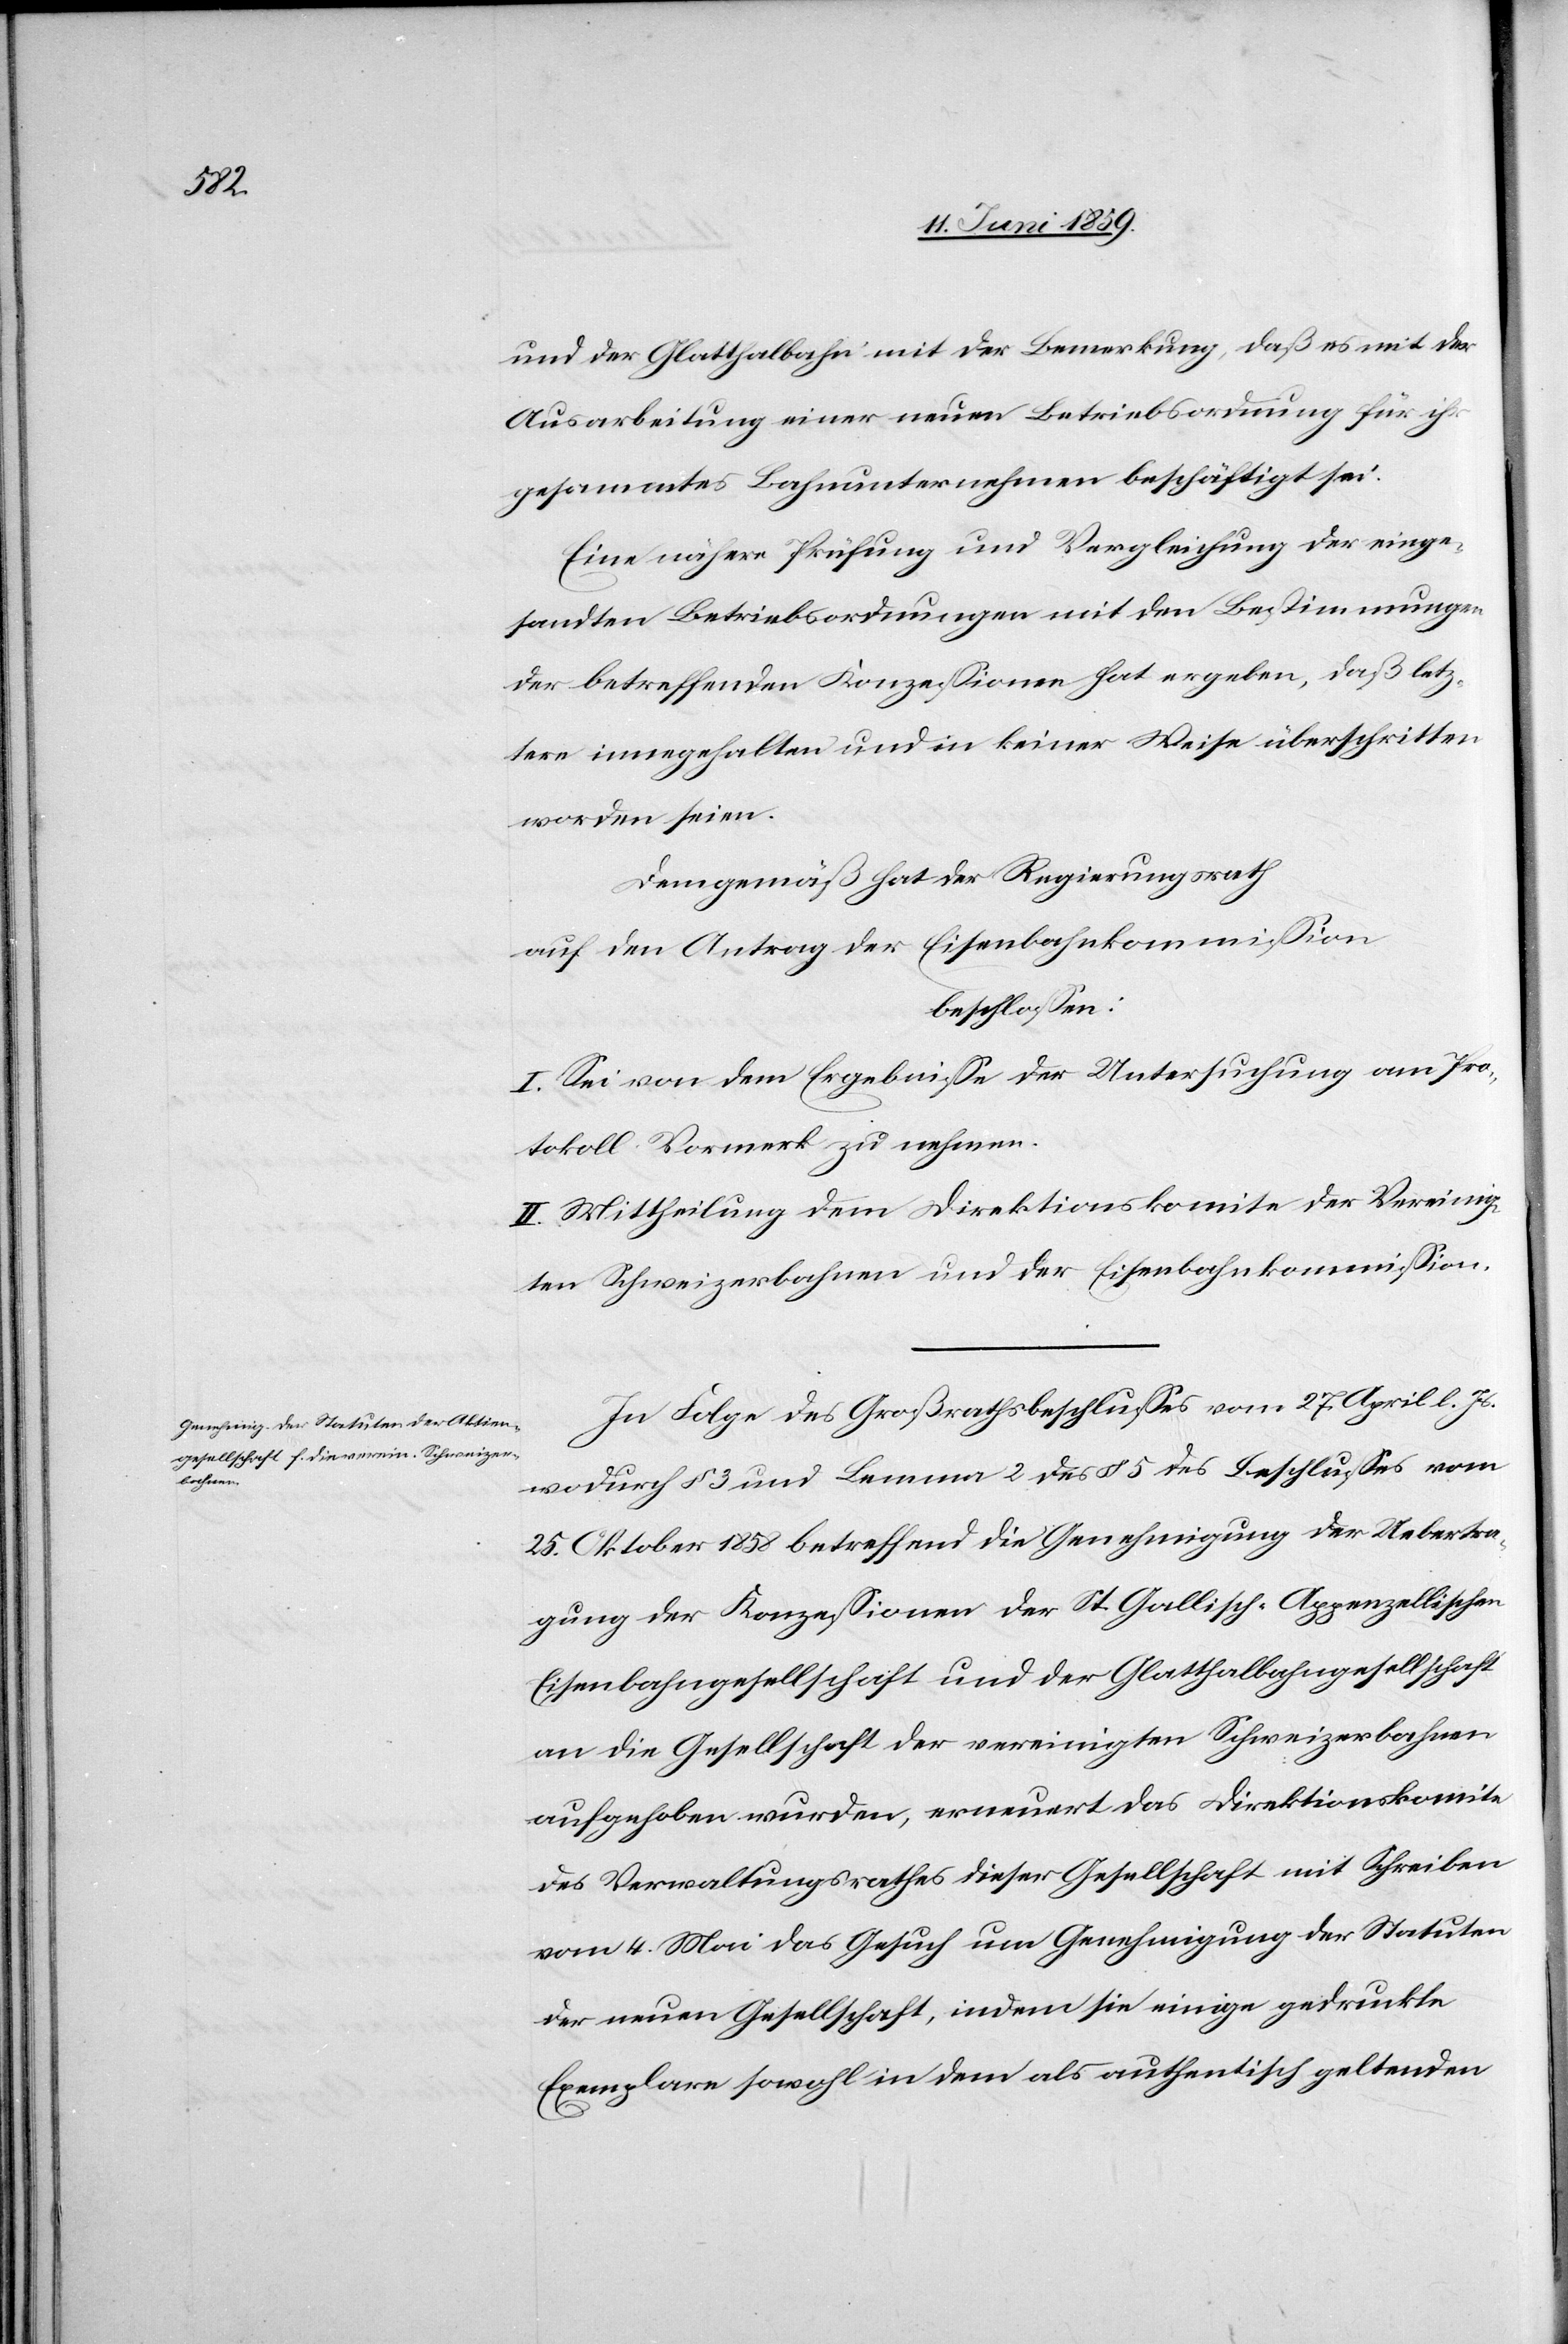
und der Glatthalbahn mir der Bemerkung, daß es mit der
Ausarbeitung einer neuen Betriebsordnung für ihr
gesammtes Bahnunternehmen beschäftigt sei.
Eine nähere Prüfung und Vergleichung der einge¬
sandten Betriebsordnungen mit den Bestimmungen
der betreffenden Konzessionen hat ergeben, daß letz¬
tere innegehalten und in keiner Weise überschritten
worden seien.
Demgemäß hat der Regierungsrath
auf den Antrag der Eisenbahnkommission
beschlossen:
I. Sei von dem Ergebnisse der Untersuchung am Pro¬
tokoll Vormerk zu nehmen.
II. Mittheilung dem Direktionskomite der Vereinig¬
ten Schweizerbahnen und der Eisenbahnkommission.
In Folge des Großrathsbeschlusses vom 27. April l. Js.
wodurch § 3 und Lemma 2 des § 5 des Beschlusses vom
25. Oktober 1858 betreffend die Genehmigung der Uebertra¬
gung der Konzessionen der St. Gallisch- Appenzellischen
Eisenbahngesellschaft und der Glatthalbahngesellschaft
an die Gesellschaft der vereinigten Schweizerbahnen
aufgehoben wurden, erneuert das Direktionskomite
des Verwaltungsrathes dieser Gesellschaft mit Schreiben
vom 4. Mai das Gesuch um Genehmigung der Statuten
der neuen Gesellschaft, indem sie einige gedruckte
Exemplare sowohl in dem als authentisch geltenden